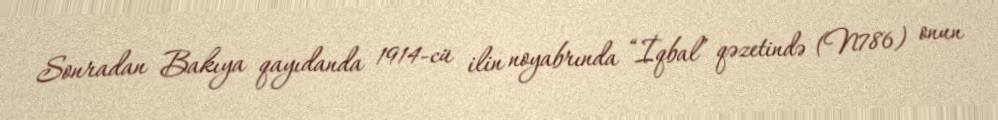
Sonradan Bakıya qayıdanda 1914-cü ilin noyabrında “İqbal” qəzetində (N786) onun